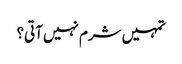
تمہیں شرم نہیں آتی؟